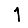
Digit: 1